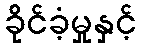
ခိုင်ခံ့မှုနှင့်